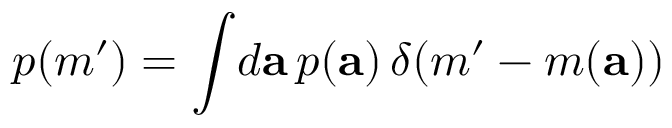
p ( m ^ { \prime } ) = \int \! d { \bf a } \, p ( { \bf a } ) \, \delta \! \left( m ^ { \prime } - m ( { \bf a } ) \right)